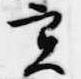
実